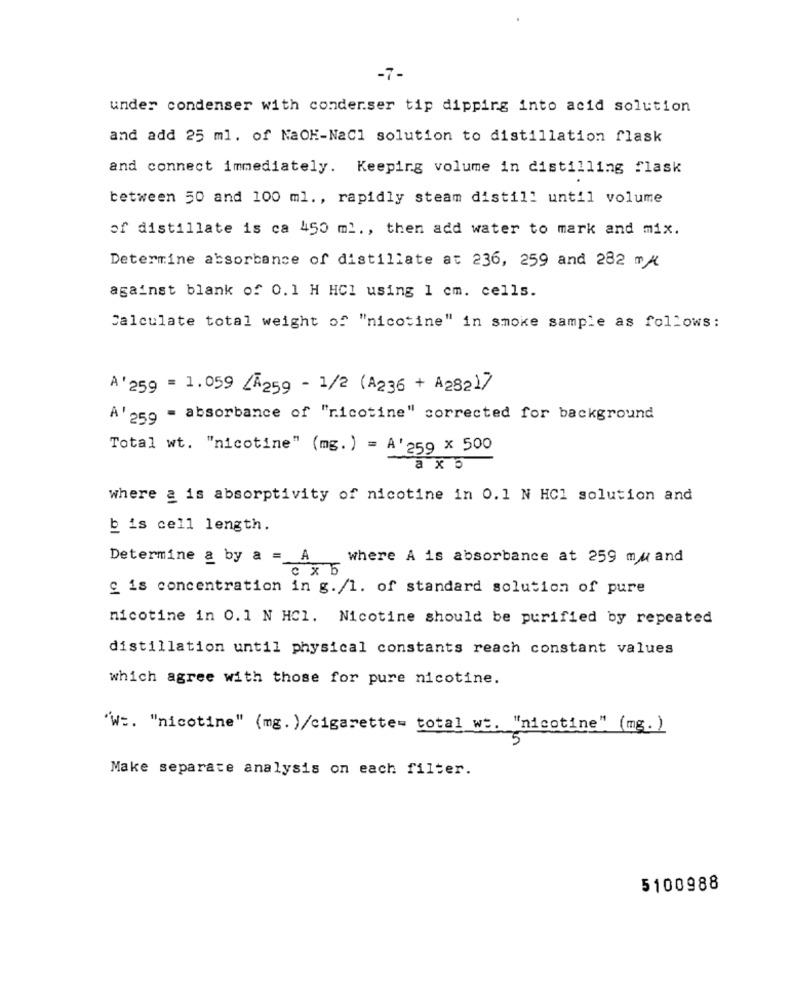
-7-
under condenser with conderser tip dipping into acid solution
and add 25 ml. of NaOK-NaCl solution to distillation flask
and connect immediately. Keeping volume in distilling flask
between 50 and 100 ml ., rapidly steam distill until volume
of distillate is ca 450 ml ., then add water to mark and mix.
Determine absorbance of distillate at 236, 259 and 282 m/
against blank of 0.1 H HCl using 1 cm. cells.
Calculate total weight of "nicotine" in smoke sample as follows:
A'259 = 1.059 A259 - 1/2 (A236 + A28217
A' 259 = absorbance of "nicotine" corrected for background
Total wt. "nicotine" (mg.) = A'259 x 500
a x 5
where a is absorptivity of nicotine in 0.1 N HCI solution and
b is cell length.
Determine a by a = A
where A is absorbance at 259 mu and
0 x 5
c is concentration in g./1. of standard solution of pure
nicotine in 0.1 N HCl. Nicotine should be purified by repeated
distillation until physical constants reach constant values
which agree with those for pure nicotine.
"w :. "nicotine" (mg. )/cigarette= total we. "nicotine" (mg. )
Make separate analysis on each filter.
5100988